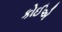
કોઈએ